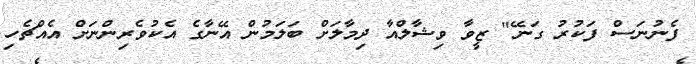
ފެނުނަސް ފަކުރު ގަނޭ" ޒީވާ ވިޝާލްއާ ދިމާލަށް ބަލަމުން އޭނާގެ އެކުވެރިންނަށް އެއްޗެހި